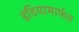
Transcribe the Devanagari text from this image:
इंडियामार्फत